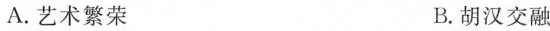
A.艺术繁荣 B.胡汉交融